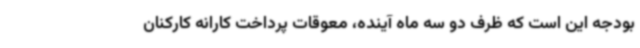
بودجه این است که ظرف دو سه ماه آینده، معوقات پرداخت کارانه کارکنان